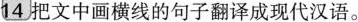
14．把文中画横线的句子翻译成现代汉语。